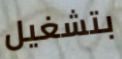
بتشغيل